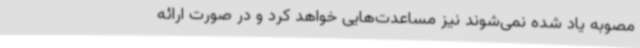
مصوبه یاد شده نمی‌شوند نیز مساعدت‌هایی خواهد کرد و در صورت ارائه